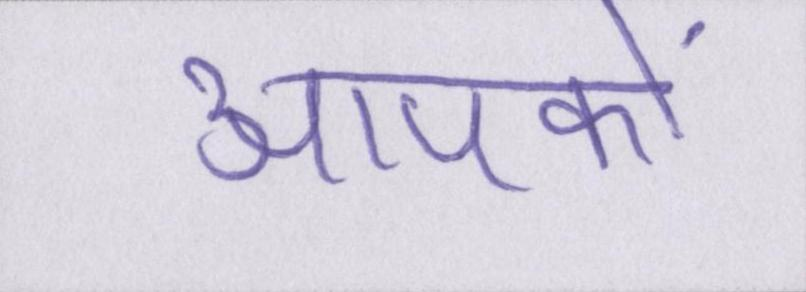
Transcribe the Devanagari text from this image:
आपकों